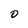
Character: 0